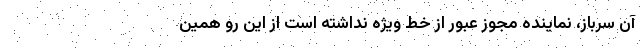
آن سرباز، نماینده مجوز عبور از خط ویژه نداشته است از این رو همین